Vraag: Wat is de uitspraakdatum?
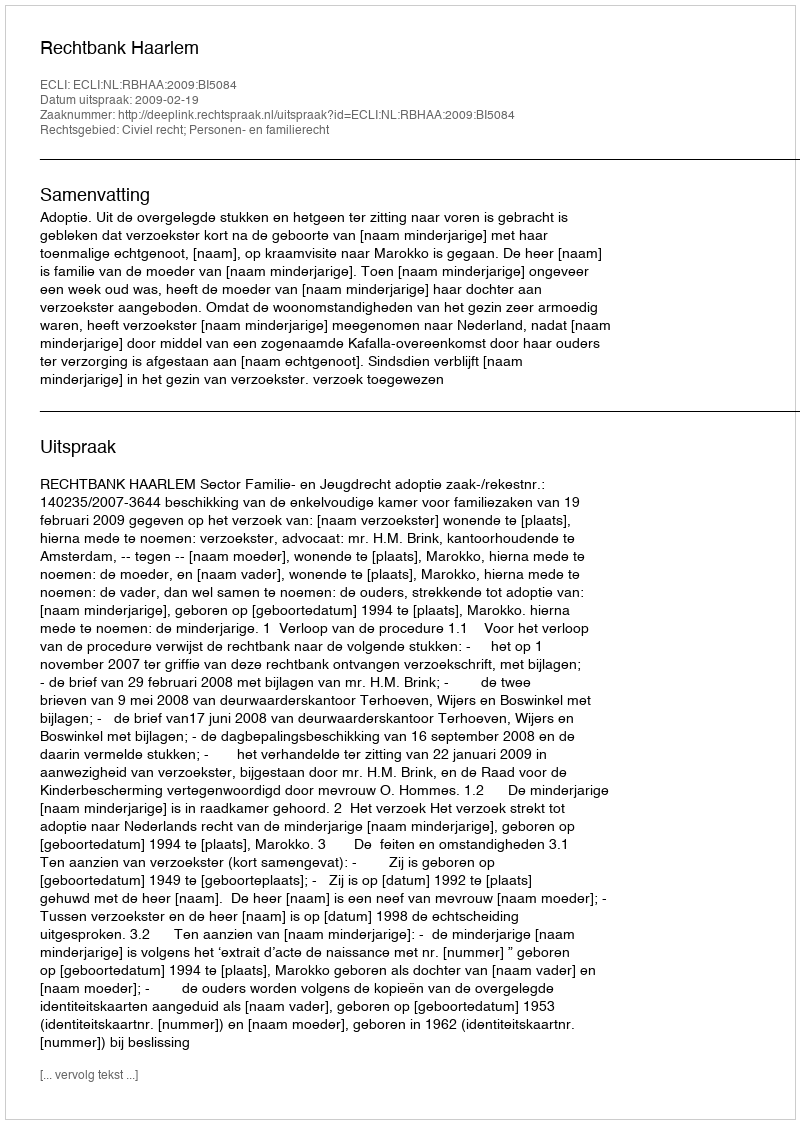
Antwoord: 2009-02-19